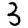
Digit: 3